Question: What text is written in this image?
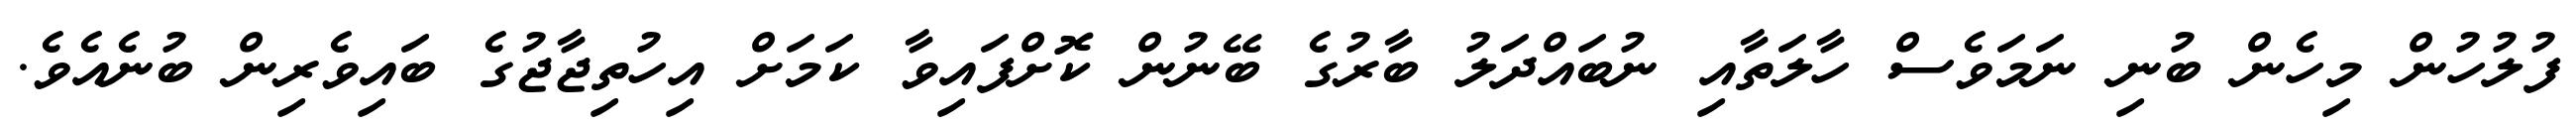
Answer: ފުލުހުން މިހެން ބުނި ނަމަވެސް ހާލަތާއި ނުބައްދަލު ބާރުގެ ބޭނުން ކޮށްފައިވާ ކަމަށް އިހުތިޖާޖުގެ ބައިވެރިން ބުނެއެވެ.